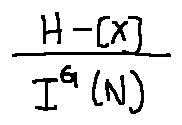
\frac { H - [ x ] } { I ^ { G } ( N ) }